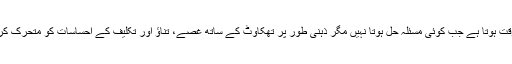
وہ ایسا وقت ہوتا ہے جب کوئی مسئلہ حل ہوتا نہیں مگر ذہنی طور پر تھکاوٹ کے ساتھ غصے، تناﺅ اور تکلیف کے احساسات کو متحرک کردیتا ہے۔